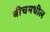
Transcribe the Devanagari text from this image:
बीचमधील